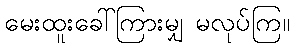
မေးထူးခေါ်ကြားမျှ မလုပ်ကြ။